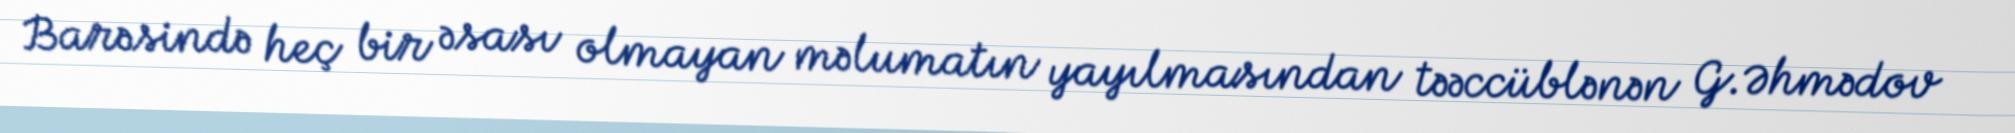
Barəsində heç bir əsası olmayan məlumatın yayılmasından təəccüblənən G.Əhmədov